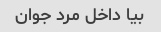
بیا داخل مرد جوان